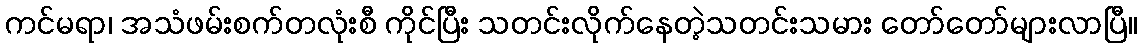
ကင်မရာ၊ အသံဖမ်းစက်တလုံးစီ ကိုင်ပြီး သတင်းလိုက်နေတဲ့သတင်းသမား တော်တော်များလာပြီ။